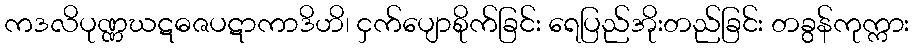
ကဒလိပုဏ္ဏဃဋဓဇပဋာကာဒိဟိ၊ ငှက်ပျောစိုက်ခြင်း ရေပြည်အိုးတည်ခြင်း တခွန်ကုက္ကား